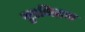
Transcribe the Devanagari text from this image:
ग़्रुएन्त्ज़िग